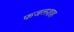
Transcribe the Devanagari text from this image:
फजलशाह